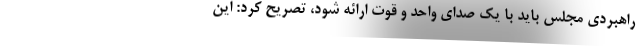
راهبردی مجلس باید با یک صدای واحد و قوت ارائه شود، تصریح کرد: این